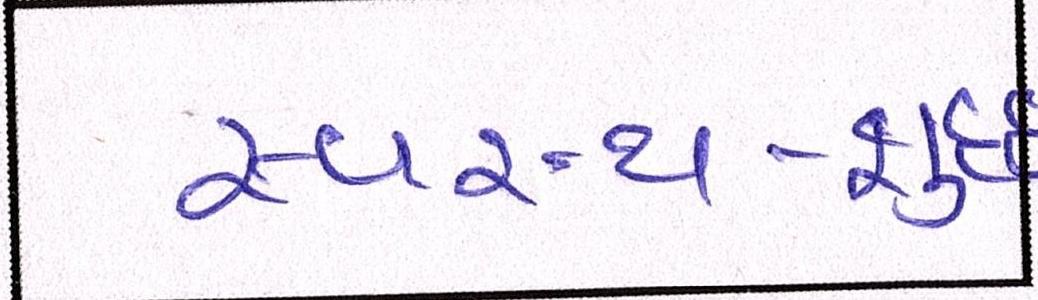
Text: સ્વસ્થ-શુદ્ધ